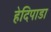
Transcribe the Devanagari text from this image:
हेदिपाडा